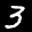
Label: 3